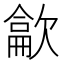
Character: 𰙘